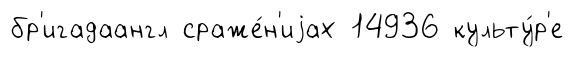
бр'игадаангл сраже́н'иjах 14936 культу́р'е